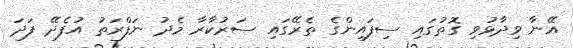
އޭނާ ވިދާޅުވި ގޮތުގައި ސިފައިންގެ ތެރޭގައި ސަރުކާރާ މެދު ނަފްރަތު އުފެދޭ ފަދަ